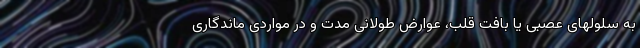
به سلولهای عصبی یا بافت قلب، عوارض طولانی مدت و در مواردی ماندگاری